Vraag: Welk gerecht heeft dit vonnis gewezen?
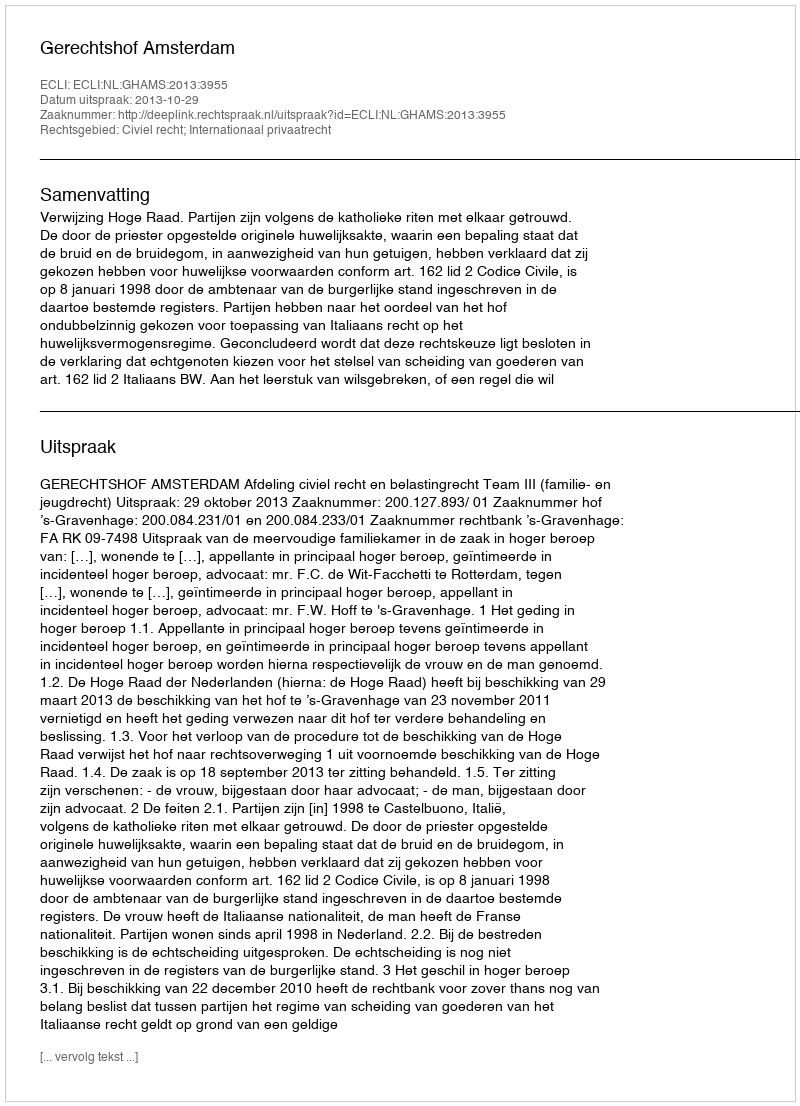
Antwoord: Gerechtshof Amsterdam